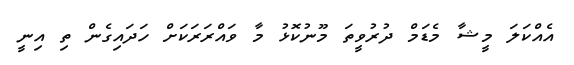
އެއްކަލަ މީޝާ މެޑަމް ދުރުވީތަ މޫނުކޮޅު މާ ވައްރަރަކަށް ހަދައިގެން ތި އިނީ